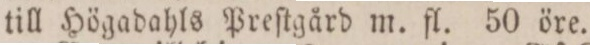
till Högadahls Preſtgård m. fl. 50 öre.